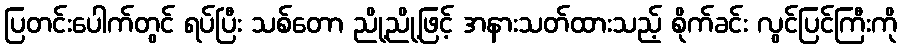
ပြတင်းပေါက်တွင် ရပ်ပြီး သစ်တော ညို့ညို့ဖြင့် အနားသတ်ထားသည့် စိုက်ခင်း လွင်ပြင်ကြီးကို